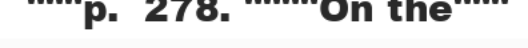
"""p.  278. """"On the"""